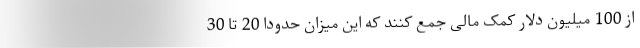
از 100 میلیون دلار کمک مالی جمع کنند که این میزان حدوداً 20 تا 30